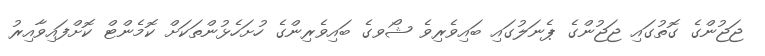
ޖަޖުންގެ ގޮތުގައި ޖަޖުންގެ ޕެނަލުގައި ބައިވެރިވެ ޝޯވގެ ބައިވެރިންގެ ހުށަހެޅުންތަކަށް ކޮމެންޓް ކޮށްފައިވާއިރު